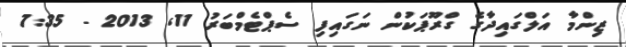
ޒިންމާ އަލްގައިދާގެ ގްރޫޕަކުން ނަގައިފި ސެޕްޓެމްބަރު 11